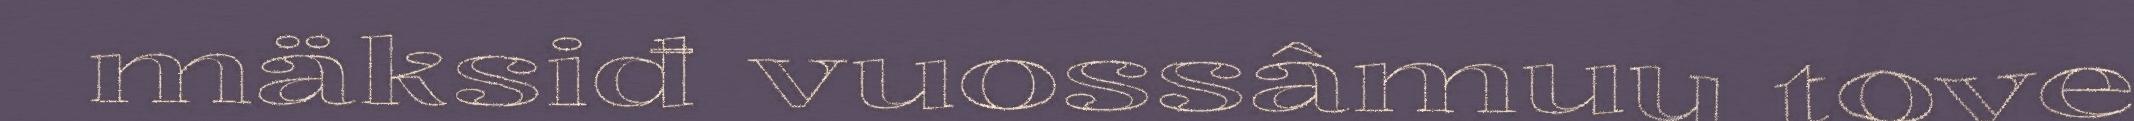
mäksiđ vuossâmuu tove